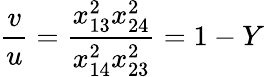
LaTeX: \frac{v}{u}=\frac{x_{13}^{2}x_{24}^{2}}{x_{14}^{2}x_{23}^{2}}=1-Y